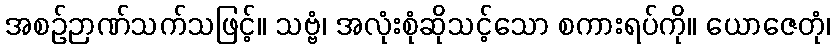
အစဉ်ဉာဏ်သက်သဖြင့်။ သဗ္ဗံ၊ အလုံးစုံဆိုသင့်သော စကားရပ်ကို။ ယောဇေတုံ၊